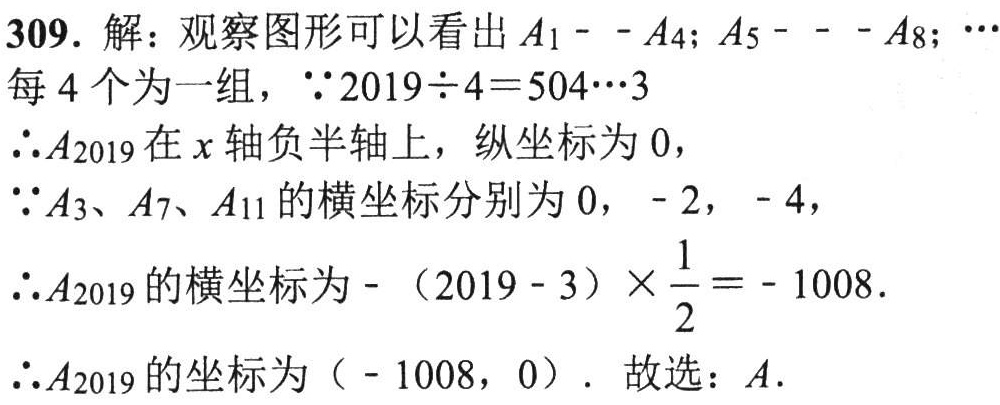
309. 解：观察图形可以看出\(A_1--A_4\)；\(A_5---A_8\)；\(\cdots\)每\(4\)个为一组，\(\because2019\div4 = 504\cdots3\)

\(\therefore A_{2019}\)在\(x\)轴负半轴上，纵坐标为\(0\)，

\(\because A_3、A_7、A_{11}\)的横坐标分别为\(0\)，\(- 2\)，\(- 4\)，

\(\therefore A_{2019}\)的横坐标为\(-(2019 - 3)\times\frac{1}{2}=- 1008\).

\(\therefore A_{2019}\)的坐标为\(( - 1008,0)\). 故选：\(A\).